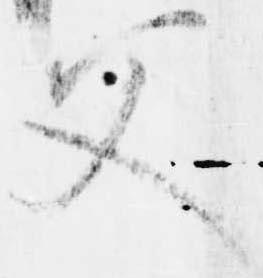
父